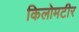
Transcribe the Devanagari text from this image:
किलोमटीर